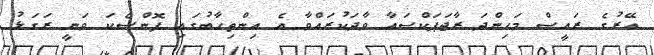
އޭރުގެ ރައީސް މަހިންދަ ރާޖަޕަކްސައާ ވާދަކުރައްވާ އެ އިންތިހާބުގައި ފޮންސެކަ ވަނީ ރަގަޅު